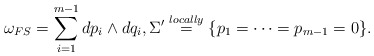
\begin{align*}\omega_{FS}= \sum_{i=1}^{m-1} dp_i\wedge dq_i ,\Sigma' \overset{locally}{=} \{p_1=\cdots=p_{m-1}=0\}.\end{align*}